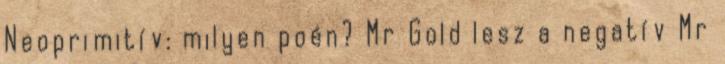
Neoprimitív: milyen poén? Mr Gold lesz a negatív Mr